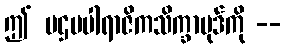
ဤ ပဌမပါရာဇိကသိက္ခာပုဒ်ကို --